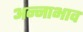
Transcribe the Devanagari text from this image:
अन्नाभाव